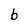
Character: b